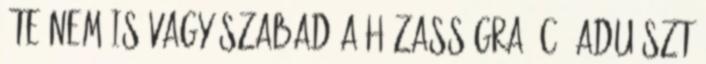
"te nem is vagy szabad a házasságra" c. aduászt